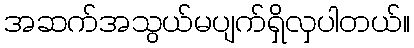
အဆက်အသွယ်မပျက်ရှိလှပါတယ်။